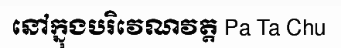
នៅក្នុងបរិវេណវត្ត Pa Ta Chu